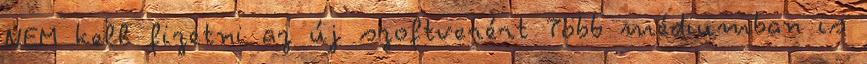
NEM kell fizetni az új szoftverért Több médiumban is